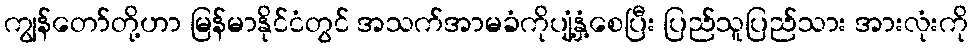
ကျွန်တော်တို့ဟာ မြန်မာနိုင်ငံတွင် အသက်အာမခံကိုပျံ့နှံ့စေပြီး ပြည်သူပြည်သား အားလုံးကို